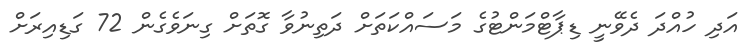
އަދި ހުއްދަ ދެވޭނީ ޑިޕާޓްމަންޓުގެ މަސައްކަތަށް ދަތިނުވާ ގޮތަށް ގިނަވެގެން 72 ގަޑިއިރަށް